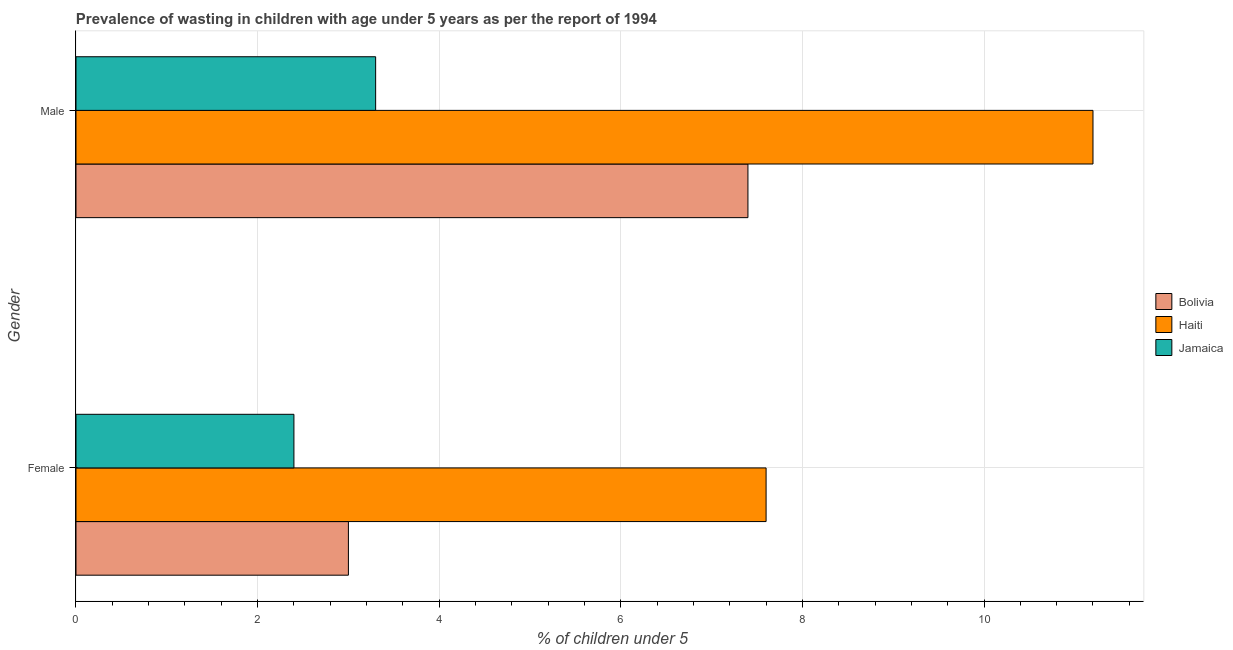
| Gender | Bolivia | Haiti | Jamaica |
 | --- | --- | --- | --- |
 | Female | 3 | 7.6 | 2.4 |
 | Male | 7.4 | 11.2 | 3.3 |